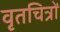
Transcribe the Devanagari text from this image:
वृतचित्रों